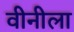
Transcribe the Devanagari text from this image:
वीनीला